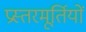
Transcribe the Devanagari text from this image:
प्रस्तरमूर्तियों